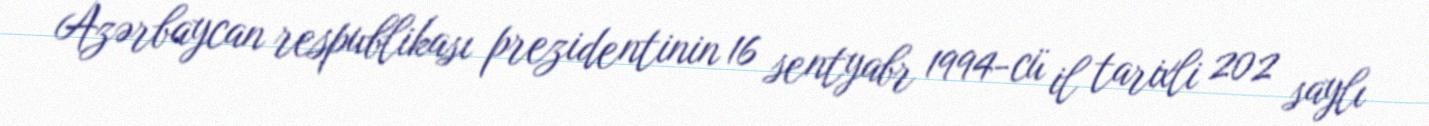
Azərbaycan respublikası prezidentinin 16 sentyabr 1994-cü il tarixli 202 saylı